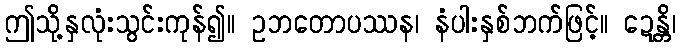
ဤသို့နှလုံးသွင်းကုန်၍။ ဥဘတောပဿန၊ နံပါးနှစ်ဘက်ဖြင့်။ ဍေန္တိ၊